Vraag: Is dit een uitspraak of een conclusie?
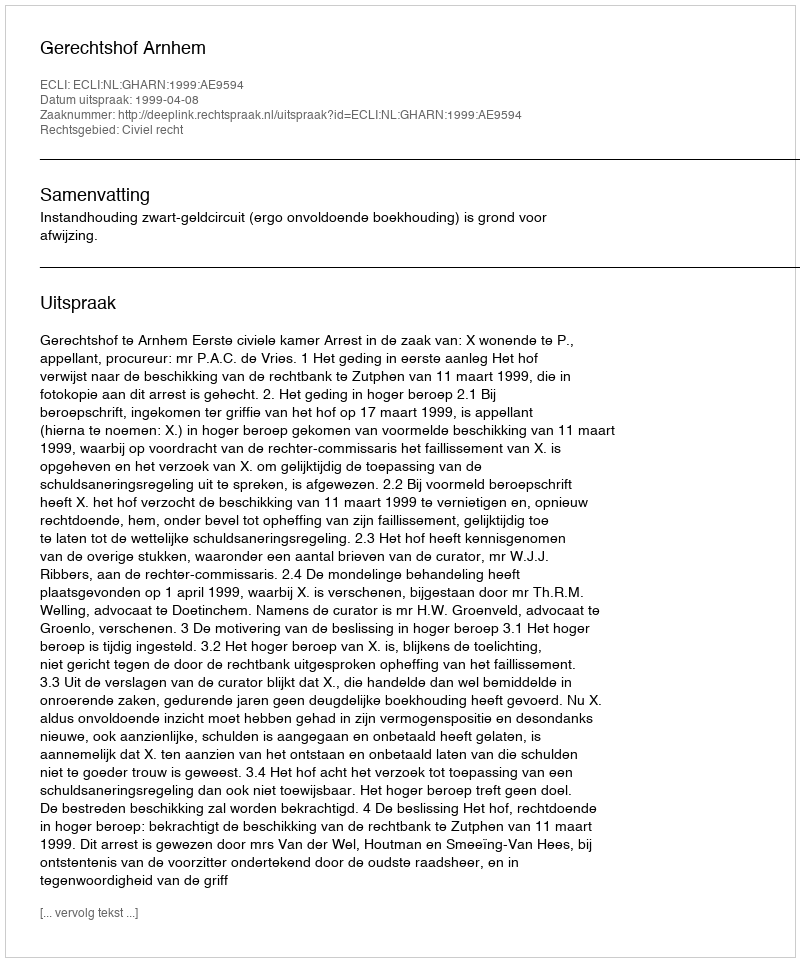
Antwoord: Uitspraak